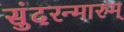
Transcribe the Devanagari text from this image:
सुंदरन्मारुम्